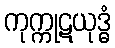
ကုက္ကုဋယုဒ္ဓံ